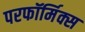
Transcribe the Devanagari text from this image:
परफॉर्मिक्स